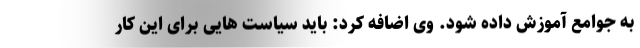
به جوامع آموزش داده شود. وی اضافه کرد: باید سیاست هایی برای این کار